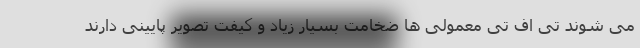
می شوند تی اف تی معمولی ها ضخامت بسیار زیاد و کیفت تصویر پایینی دارند